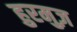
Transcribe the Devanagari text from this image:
हुरमुज़